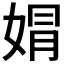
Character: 𡝭